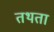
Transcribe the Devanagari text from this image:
तथता